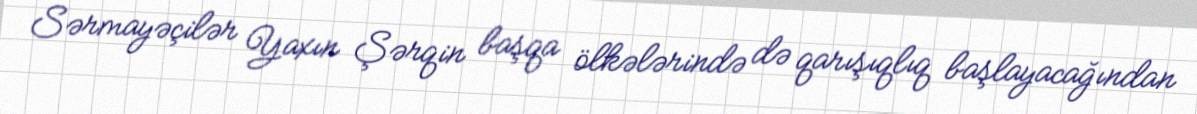
Sərmayəçilər Yaxın Şərqin başqa ölkələrində də qarışıqlıq başlayacağından